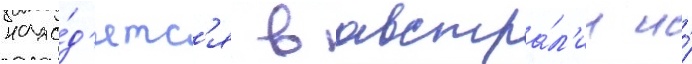
нахо́д'ятс'я в австра́л'ии и́